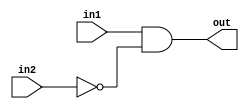
// Exercise 3-1-1-4: Another Gate
module AnotherGate(
    input in1,
    input in2,
    output out
);
    // AND gate with one inverted input
    assign out = in1 & ~in2;
endmodule